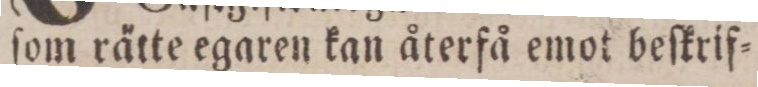
ſom rätte egaren kan återfå emot beſkrif=